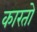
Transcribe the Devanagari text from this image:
कारतो